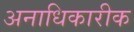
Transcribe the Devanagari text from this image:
अनाधिकारीक